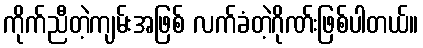
ကိုက်ညီတဲ့ကျမ်းအဖြစ် လက်ခံတဲ့ဂိုဏ်းဖြစ်ပါတယ်။